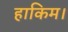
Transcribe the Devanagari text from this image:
हाकिम।